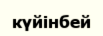
күйінбей